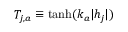
T _ { j , a } \equiv \operatorname { t a n h } ( k _ { a } | h _ { j } | )